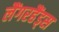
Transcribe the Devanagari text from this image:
लैंगरहैंड्स